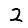
Digit: 2